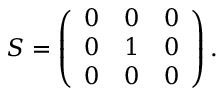
\begin{array} { r } { S = \left( \begin{array} { l l l } { 0 } & { 0 } & { 0 } \\ { 0 } & { 1 } & { 0 } \\ { 0 } & { 0 } & { 0 } \end{array} \right) . } \end{array}